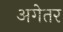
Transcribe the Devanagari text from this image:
अगेतर